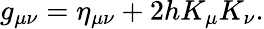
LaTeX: g_{\mu\nu}=\eta_{\mu\nu}+2hK_{\mu}K_{\nu}.